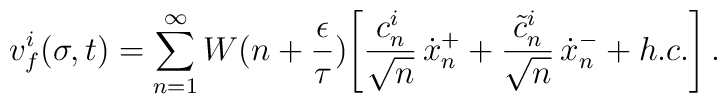
v_f^i (\sigma,t) = \sum_{n=1}^\infty W(n+\frac{\epsilon}{\tau})\Biggl[ \frac{c_n^i}{\sqrt{n}} \, \dot{x}_n^++ \frac{\tilde{c}_n^i}{\sqrt{n}} \, \dot{x}_n^- + h.c. \Biggr] \, .